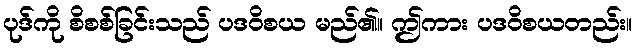
ပုဒ်ကို စိစစ်ခြင်းသည် ပဒဝိစယ မည်၏။ ဤကား ပဒဝိစယတည်း။